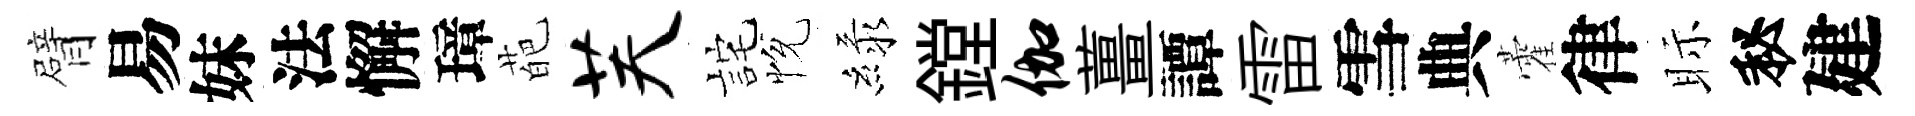
臂易妹法懈璋葩芙詫恱緑鏜伽薑譚雷雪典藿律眎秘建